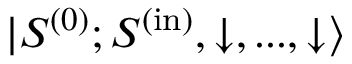
{ | S ^ { ( 0 ) } ; S ^ { ( \mathrm { i n } ) } , \downarrow , . . . , \downarrow \rangle }